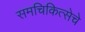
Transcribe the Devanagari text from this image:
समचिकित्सेचे